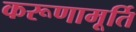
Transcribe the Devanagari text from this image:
करूणामूर्ति